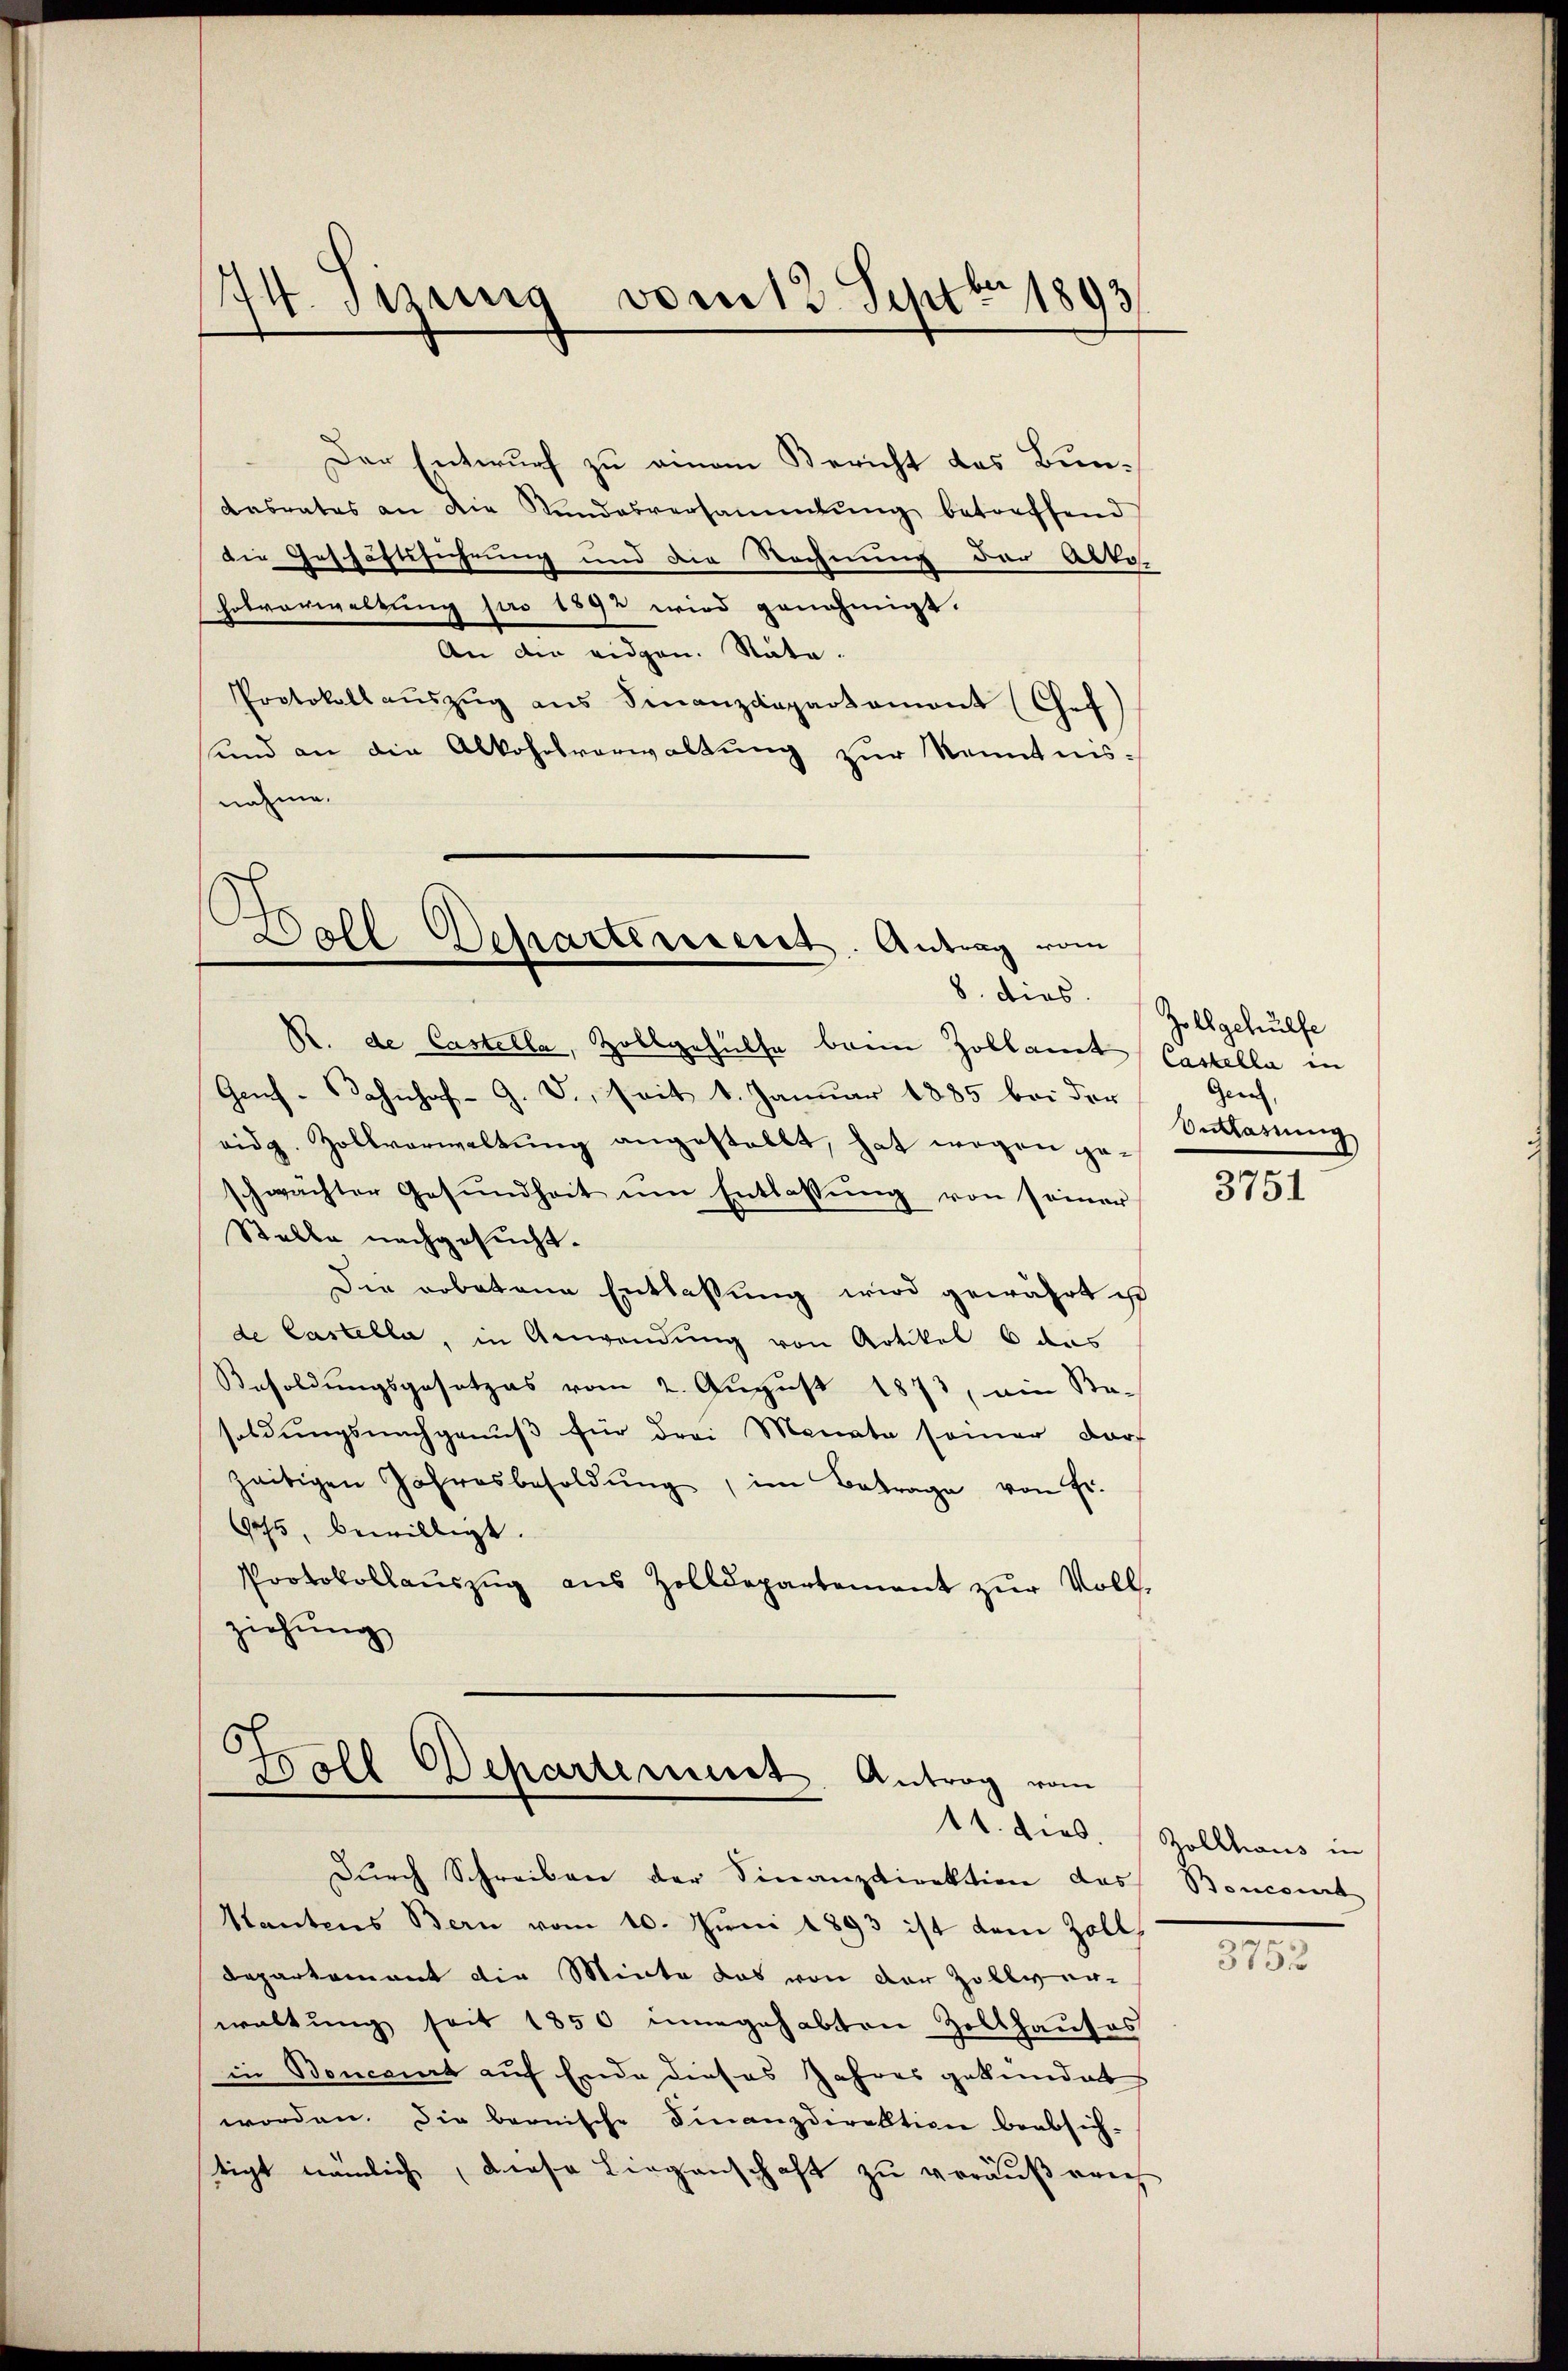
Der Entwurf zu einem Bericht des Bundasrates an die Landesversammlung betreffend
die Geschäftsfiehrung und die Rechnung der Akko
hofvorwaltung pro 1892 wird genehmigt.
An die eidgen. Nata-
Protokoll aŭszŭg ans Finanzdepartament (Cef)
und an die Alkohnsverwaltung zur Kenntnisnahme.

I4. sezung vom 12. Septbr. 1893

R. de Castella, Zollgehülfe beim Zollamt
Genf. Dahnhof-G. d. seit 1. Januar 1885 bei der
eidg. Zollverwaltung angestellt, hat wegen geschwachter Gesundheit um Entlassung von seiner
Stelle nachgesucht.
Die arbotene Entlaßung wird gewährt ist
de Castella, in Anwendung von Artikel 6 das
Besoldungsgesetzes vom 2. August 1873, ein Sa-
soldungsnachgenuß für drei Monate seiner darf
zeitigen Jahresbesoldŭng, im Betrage von Fr.
Gehs, bewilligt.
Protokollauszug aus Zolldepartement zur Voll-
ziehung

C
Ball Departerient. Antrag vom

C
Boll Departement. Antrag vom

Durch Schreiben der Finanzdirektion das
Santens Bern vom 10. Juni 1893 ist dem Zoll
Departement die Minta das von der Zollver-
waltung seit 1850 innegehabten Zollhauses
in Boncant auf Ende dieses Jahres gekündet
worden. Die bernische Finanzdirektion beabsich-
tigt nämlich, diese Liegenschaft zu veräußerich

8. dies Zollgehülfe
Castella in
Gen,
Entlassung

3751

14. dies. Zollhaus in
Boncourt
a

3752